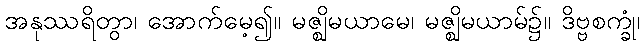
အနုဿရိတွာ၊ အောက်မေ့၍။ မဇ္ဈိမယာမေ၊ မဇ္ဈိမယာမ်၌။ ဒိဗ္ဗစက္ခုံ၊